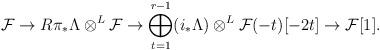
LaTeX: \begin{align*}\mathcal F\to R\pi_\ast \Lambda\otimes^L\mathcal F\to \bigoplus_{t=1}^{r-1}(i_\ast \Lambda)\otimes^L\mathcal F(-t)[-2t]\to \mathcal F[1].\end{align*}